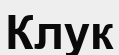
Клук